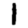
Digit: 1